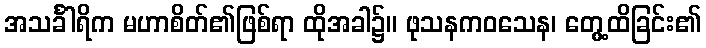
အသင်္ခါရိက မဟာစိတ်၏ဖြစ်ရာ ထိုအခါ၌။ ဖုသနကဝသေန၊ တွေ့ထိခြင်း၏